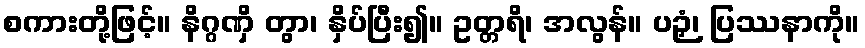
စကားတို့ဖြင့်။ နိဂ္ဂဏှိ တွာ၊ နှိပ်ပြီး၍။ ဥတ္တရိ၊ အလွန်။ ပဉှံ၊ ပြဿနာကို။